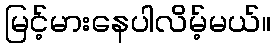
မြင့်မားနေပါလိမ့်မယ်။